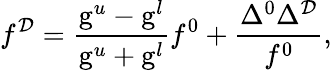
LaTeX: f^{{\cal D}}=\frac{\mathrm{g}^{u}-\mathrm{g}^{l}}{\mathrm{g}^{u}+\mathrm{g}^{l}}f^{0}+\frac{\Delta^{0}\Delta^{\cal D}}{f^{0}},